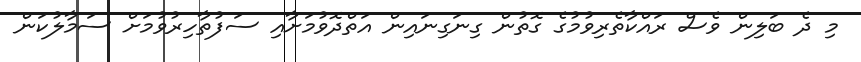
މި ދެ ބަލިން ވެސް ރައްކާތެރިވުމުގެ ގޮތުން ގިނަގިނައިން އަތްދޮވުމަށާއި ސަފުތާހިރުވުމަށް ސަމާލުކަން